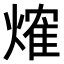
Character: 𤌍